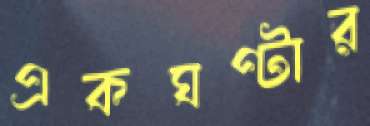
একঘণ্টার